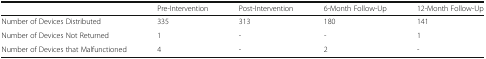
<table><thead><tr><td></td><td><b>Pre-Intervention</b></td><td><b>Post-Intervention</b></td><td><b>6-Month Follow-Up</b></td><td><b>12-Month Follow-Up</b></td></tr></thead><tbody><tr><td>Number of Devices Distributed</td><td>335</td><td>313</td><td>180</td><td>141</td></tr><tr><td>Number of Devices Not Returned</td><td>1</td><td>-</td><td>-</td><td>1</td></tr><tr><td>Number of Devices that Malfunctioned</td><td>4</td><td>-</td><td>2</td><td>-</td></tr></tbody></table>